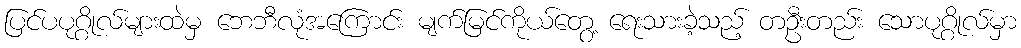
ပြင်ပပုဂ္ဂိုလ်များထဲမှ ဘေဘီလုံအကြောင်း မျက်မြင်ကိုယ်တွေ့ ရေးသားခဲ့သည့် တဦးတည်း သောပုဂ္ဂိုလ်မှာ